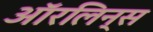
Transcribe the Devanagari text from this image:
ऑरलिन्स